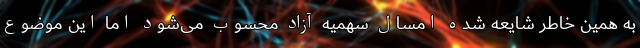
به همین خاطر شایعه شده امسال سهمیه آزاد محسوب می‌شود اما این موضوع